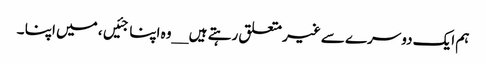
ہم ایک دوسرے سے غیر متعلق رہتے ہیں __وہ اپنا جئیں، میں اپنا ۔